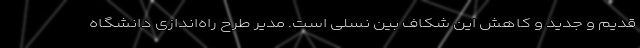
قدیم و جدید و کاهش این شکاف بین نسلی است. مدیر طرح راه‌اندازی دانشگاه